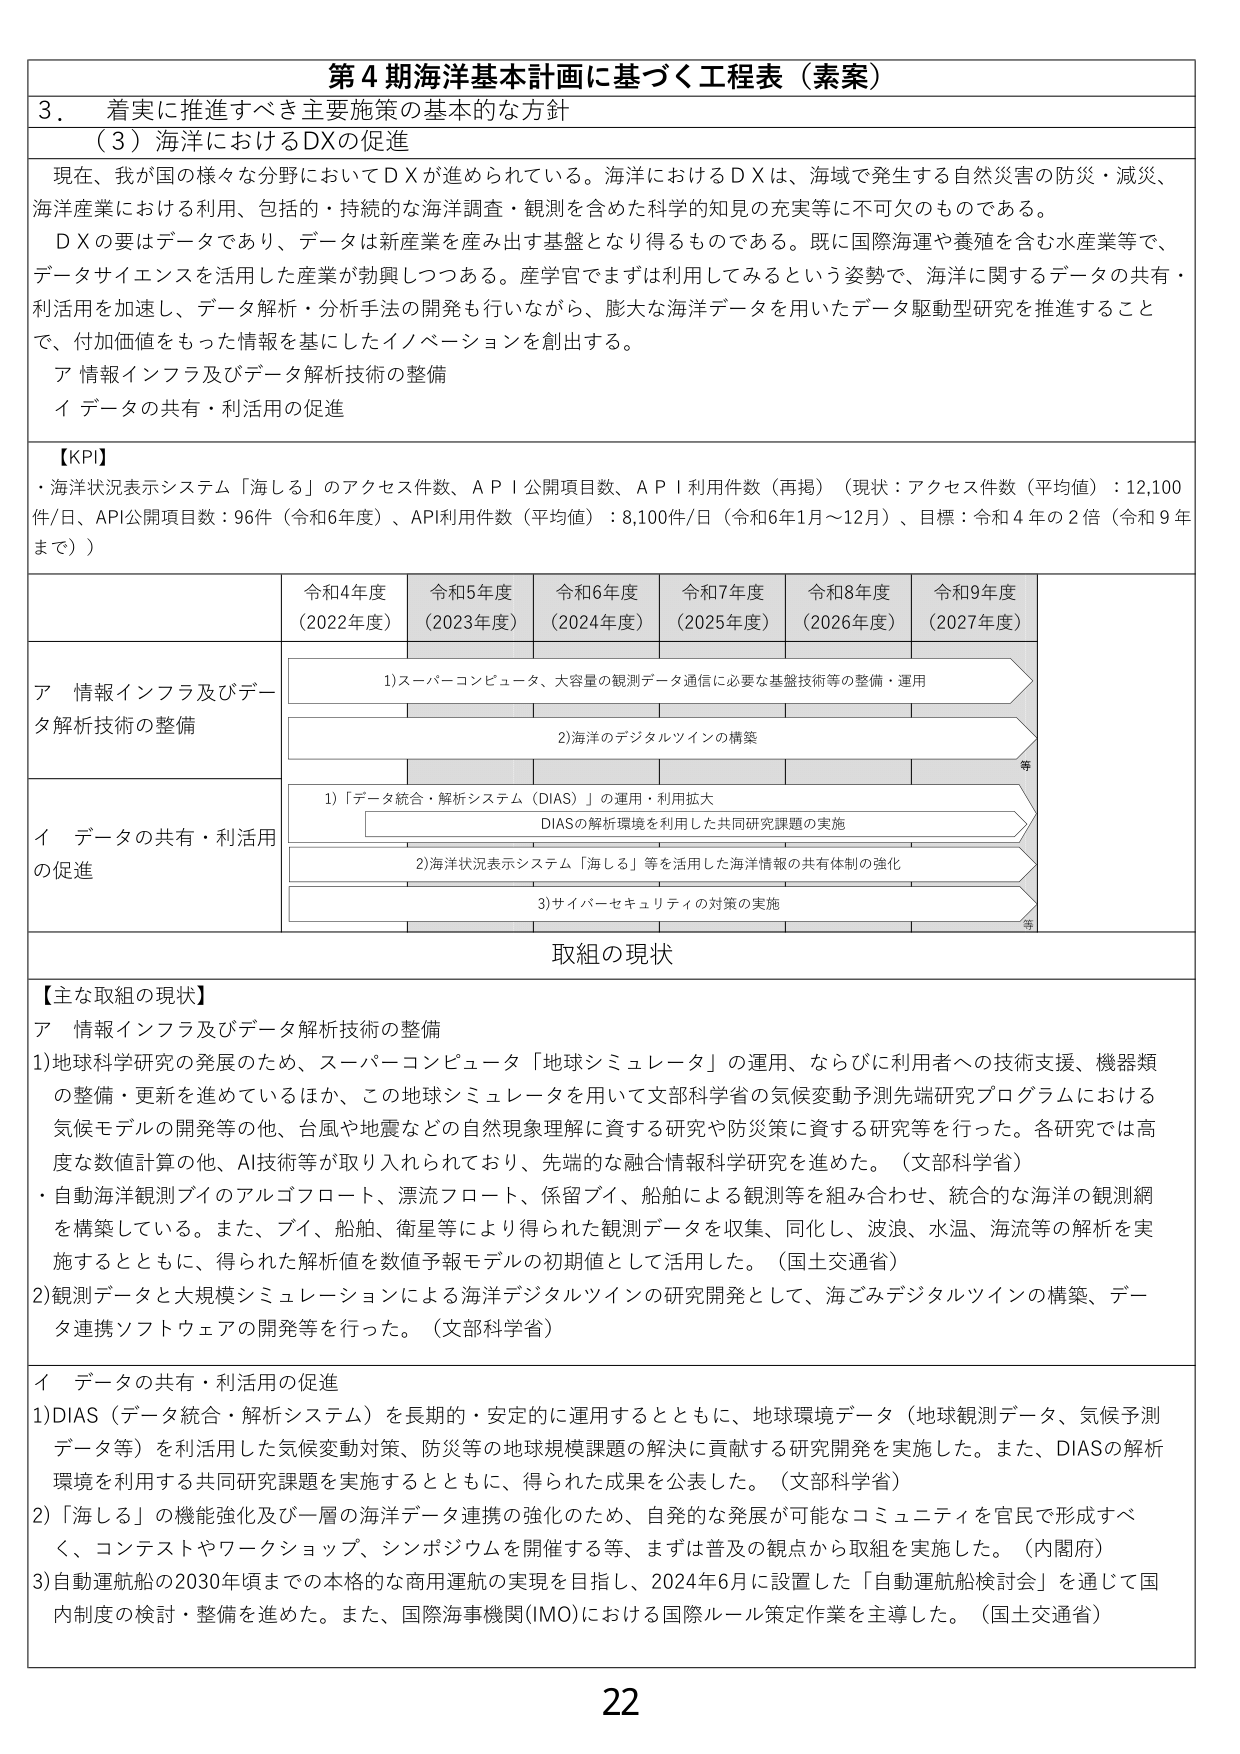
第４期海洋基本計画に基づく工程表（素案）

３．着実に推進すべき主要施策の基本的な方針

（３）海洋におけるＤＸの促進

現在、我が国の様々な分野においてＤＸが進められている。海洋におけるＤＸは、海域で発生する自然災害の防災・減災、海洋産業における利用、包括的・持続的な海洋調査・観測を含めた科学的知見の充実等に不可欠なものである。

ＤＸの要はデータであり、データは新産業を産み出す基盤となり得るものである。既に国際海運や養殖を含む水産業等で、データサイエンスを活用した産業が勃興しつつある。産学官でまずは利用してみるという姿勢で、海洋に関するデータの共有・利活用を加速し、データ解析・分析手法の開発も行いながら、膨大な海洋データを用いたデータ駆動型研究を推進することで、付加価値をもった情報を基にしたイノベーションを創出する。

ア 情報インフラ及びデータ解析技術の整備
イ データの共有・利活用の促進

【KPI】
・海洋状況表示システム「海しる」のアクセス件数、ＡＰＩ公開項目数、ＡＰＩ利用件数（再掲）（現状：アクセス件数（平均値）：12,100件/日、API公開項目数：96件（令和6年度）、API利用件数（平均値）：8,100件/日（令和6年1月～12月）、目標：令和4年の2倍（令和9年まで））

令和4年度（2022年度）　令和5年度（2023年度）　令和6年度（2024年度）　令和7年度（2025年度）　令和8年度（2026年度）　令和9年度（2027年度）

ア 情報インフラ及びデータ解析技術の整備
　　1)スーパーコンピュータ、大容量の観測データ通信に必要な基盤技術等の整備・運用
　　2)海洋のデジタルツインの構築
　　　等

イ データの共有・利活用の促進
　　1)「データ統合・解析システム（DIAS）」の運用・利用拡大
　　　DIASの解析環境を利用した共同研究課題の実施
　　2)海洋状況表示システム「海しる」等を活用した海洋情報の共有体制の強化
　　3)サイバーセキュリティの対策の実施
　　　等

取組の現状

【主な取組の現状】

ア 情報インフラ及びデータ解析技術の整備
1)地球科学研究の発展のため、スーパーコンピュータ「地球シミュレータ」の運用、ならびに利用者への技術支援、機器類の整備・更新を進めているほか、この地球シミュレータを用いて文部科学省の気候変動予測先端研究プログラムにおける気候モデルの開発等の他、台風や地震などの自然現象理解に資する研究や防災策に資する研究等を行った。各研究では高度な数値計算の他、AI技術等が取り入れられており、先端的な融合情報科学研究を進めた。（文部科学省）
・自動海洋観測ブイのアルゴフロート、漂流フロート、係留ブイ、船舶による観測等を組み合わせ、統合的な海洋の観測網を構築している。また、ブイ、船舶、衛星等により得られた観測データを収集、同化し、波浪、水温、海流等の解析を実施するとともに、得られた解析値を数値予報モデルの初期値として活用した。（国土交通省）
2)観測データと大規模シミュレーションによる海洋デジタルツインの研究開発として、海ごみデジタルツインの構築、データ連携ソフトウェアの開発等を行った。（文部科学省）

イ データの共有・利活用の促進
1)DIAS（データ統合・解析システム）を長期的・安定的に運用するとともに、地球環境データ（地球観測データ、気候予測データ等）を利活用した気候変動対策、防災等の地球規模課題の解決に貢献する研究開発を実施した。また、DIASの解析環境を利用する共同研究課題を実施するとともに、得られた成果を公表した。（文部科学省）
2)「海しる」の機能強化及び一層の海洋データ連携の強化のため、自発的な発展が可能なコミュニティを官民で形成すべく、コンテストやワークショップ、シンポジウムを開催する等、まずは普及の観点から取組を実施した。（内閣府）
3)自動運航船の2030年頃までの本格的な商用運航の実現を目指し、2024年6月に設置した「自動運航船検討会」を通じて国内制度の検討・整備を進めた。また、国際海事機関(IMO)における国際ルール策定作業を主導した。（国土交通省）

22